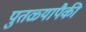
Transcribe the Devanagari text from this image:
पुतळ्यापैकी